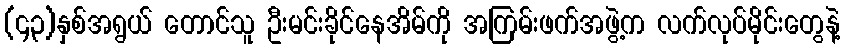
(၄၃)နှစ်အရွယ် တောင်သူ ဦးမင်းခိုင်နေအိမ်ကို အကြမ်းဖက်အဖွဲ့က လက်လုပ်မိုင်းတွေနဲ့